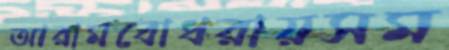
আরামবোধরায়সম